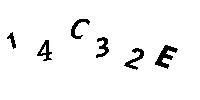
14C32E